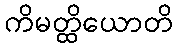
ကိမတ္ထိယောတိ